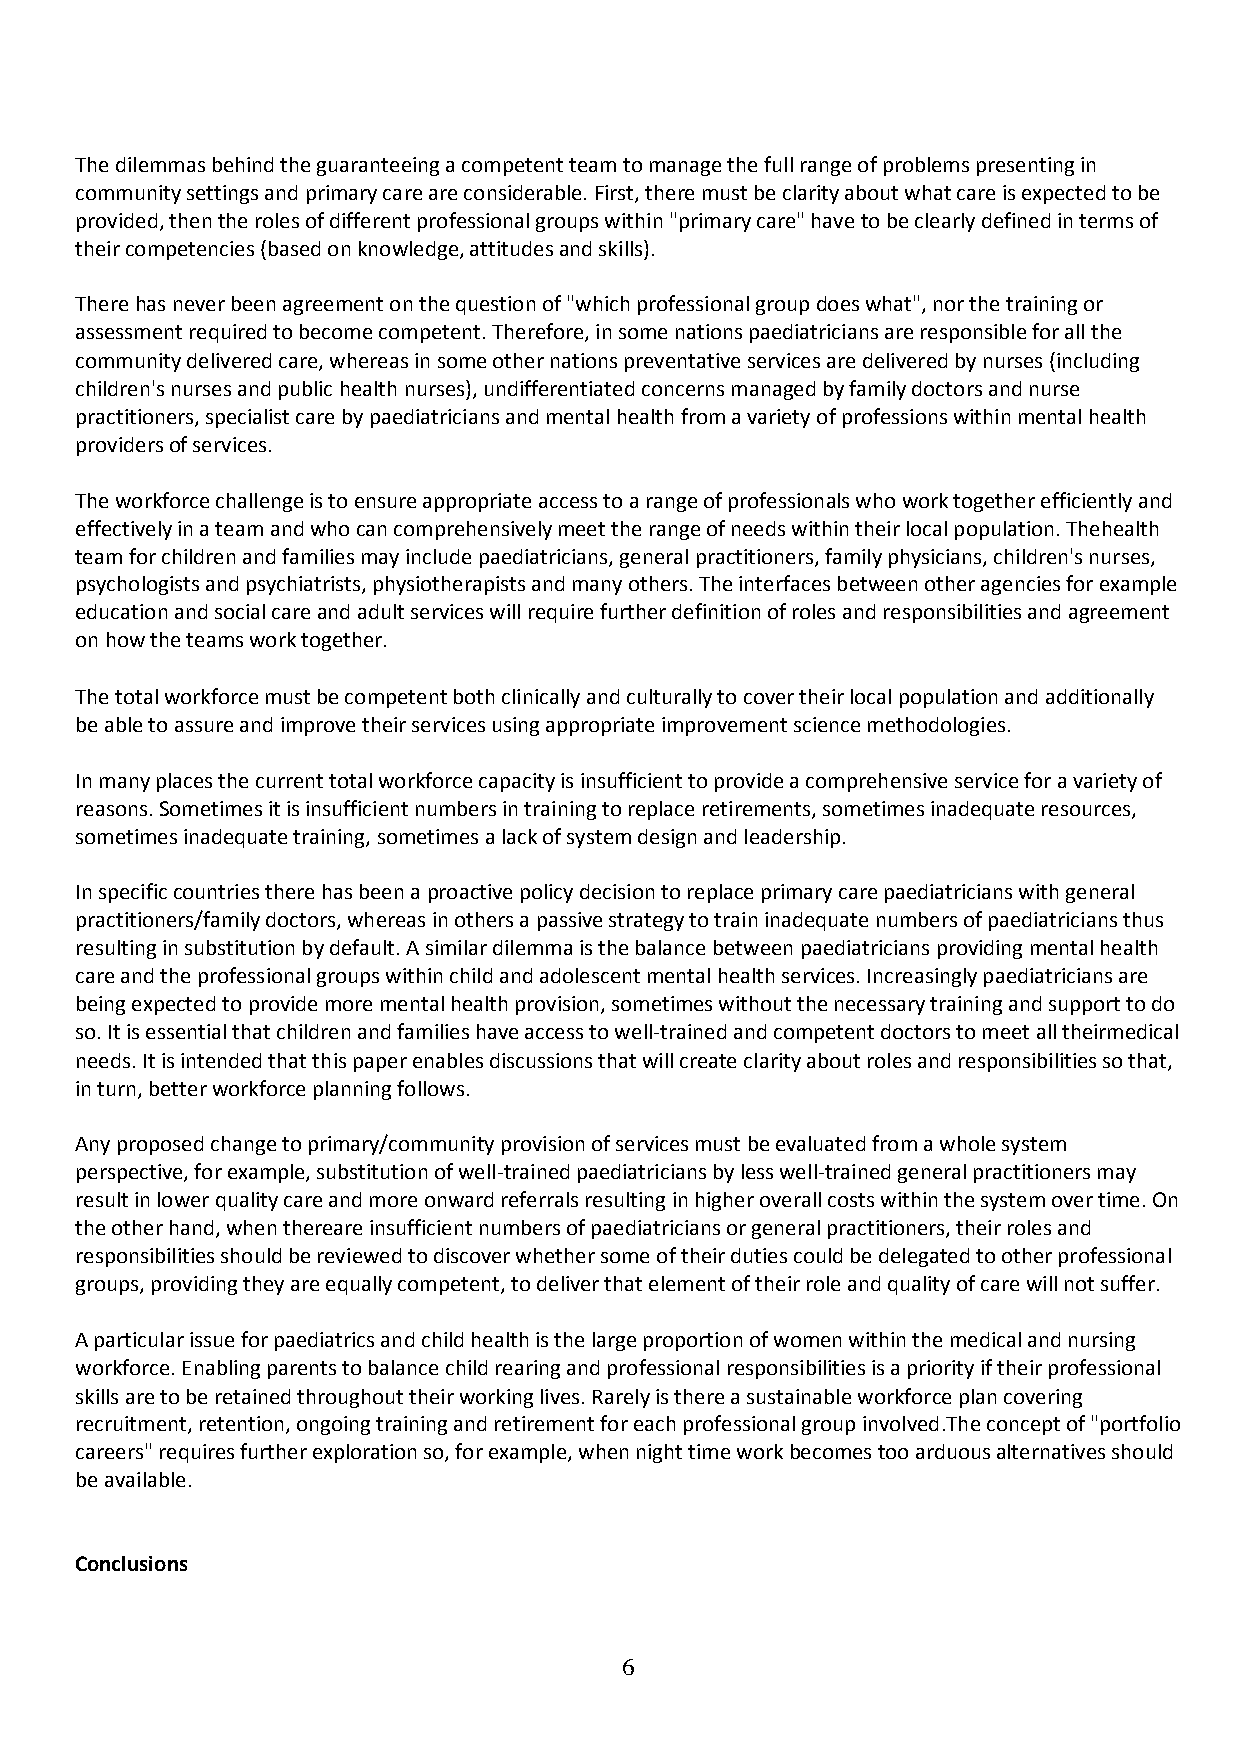
The dilemmas behind the guaranteeing a competent team to manage the full range of problems presenting in
 community settings and primary care are considerable. First, there must be clarity about what care is expected to be
 provided, then the roles of different professional groups within "primary care" have to be clearly defined in terms of
 their competencies (based on knowledge, attitudes and skills).
 There has never been agreement on the question of "which professional group does what", nor the training or
 assessment required to become competent. Therefore, in some nations paediatricians are responsible for all the
 community delivered care, whereas in some other nations preventative services are delivered by nurses (including
 children's nurses and public health nurses), undifferentiated concerns managed by family doctors and nurse
 practitioners, specialist care by paediatricians and mental health from a variety of professions within mental health
 providers of services.
 The workforce challenge is to ensure appropriate access to a range of professionals who work together efficiently and
 effectively in a team and who can comprehensively meet the range of needs within their local population. Thehealth
 team for children and families may include paediatricians, general practitioners, family physicians, children's nurses,
 psychologists and psychiatrists, physiotherapists and many others. The interfaces between other agencies for example
 education and social care and adult services will require further definition of roles and responsibilities and agreement
 on how the teams work together.
 The total workforce must be competent both clinically and culturally to cover their local population and additionally
 be able to assure and improve their services using appropriate improvement science methodologies.
 In many places the current total workforce capacity is insufficient to provide a comprehensive service for a variety of
 reasons. Sometimes it is insufficient numbers in training to replace retirements, sometimes inadequate resources,
 sometimes inadequate training, sometimes a lack of system design and leadership.
 In specific countries there has been a proactive policy decision to replace primary care paediatricians with general
 practitioners/family doctors, whereas in others a passive strategy to train inadequate numbers of paediatricians thus
 resulting in substitution by default. A similar dilemma is the balance between paediatricians providing mental health
 care and the professional groups within child and adolescent mental health services. Increasingly paediatricians are
 being expected to provide more mental health provision, sometimes without the necessary training and support to do
 so. It is essential that children and families have access to well-trained and competent doctors to meet all theirmedical
 needs. It is intended that this paper enables discussions that will create clarity about roles and responsibilities so that,
 in turn, better workforce planning follows.
 Any proposed change to primary/community provision of services must be evaluated from a whole system
 perspective, for example, substitution of well-trained paediatricians by less well-trained general practitioners may
 result in lower quality care and more onward referrals resulting in higher overall costs within the system over time. On
 the other hand, when thereare insufficient numbers of paediatricians or general practitioners, their roles and
 responsibilities should be reviewed to discover whether some of their duties could be delegated to other professional
 groups, providing they are equally competent, to deliver that element of their role and quality of care will not suffer.
 A particular issue for paediatrics and child health is the large proportion of women within the medical and nursing
 workforce. Enabling parents to balance child rearing and professional responsibilities is a priority if their professional
 skills are to be retained throughout their working lives. Rarely is there a sustainable workforce plan covering
 recruitment, retention, ongoing training and retirement for each professional group involved.The concept of "portfolio
 careers" requires further exploration so, for example, when night time work becomes too arduous alternatives should
 be available.
 Conclusions
 6